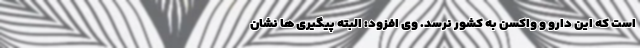
است که این دارو و واکسن به کشور نرسد. وی افزود: البته پیگیری ها نشان